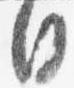
日